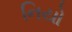
નિયો